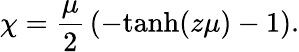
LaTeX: \chi={\frac{\mu}{2}}\left(-\mathrm{tanh}(z\mu)-1\right).